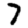
Digit: 7